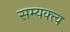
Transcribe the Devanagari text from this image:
सम्यक्त्व